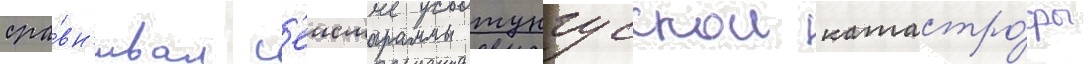
сра́вн'ивал с'еисмограммы тунгусскои катастро́фы